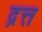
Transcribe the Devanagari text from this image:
द्रत्त